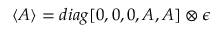
\langle A \rangle = d i a g [ 0 , 0 , 0 , A , A ] \otimes \epsilon